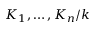
K _ { 1 } , \ldots , K _ { n } / k